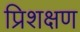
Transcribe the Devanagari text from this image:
प्रिशक्षण